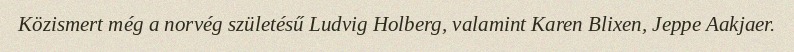
Közismert még a norvég születésű Ludvig Holberg, valamint Karen Blixen, Jeppe Aakjaer.